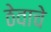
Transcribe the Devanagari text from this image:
ठेवाचे